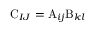
\mathrm { C } _ { I J } = \mathrm { A } _ { i j } \mathrm { B } _ { k l }